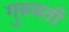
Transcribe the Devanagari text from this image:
गुरुयती